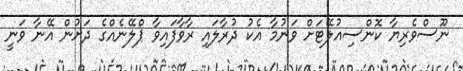
ނޫސްވެރިޔާ ކޮންސިއުލޭޓަށް ވަނުމާ އެކު ދުރާލައި ރާވާފައިވާ ޕްލޭނެއްގެ ދަށުން އޭނާ ވަނީ